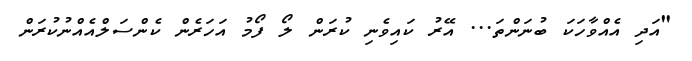
"އަދި އެއްވާހަކަ ބުނަންތަ... އޭރު ކައިވެނި ކުރަން ލޯ ފޯމު އަހަރެން ކެންސަލްއެއްނުކުރަން